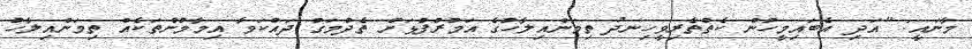
މާނައީ: "އަދި އެބައިމީހުން ކެތްތެރިވީހިނދު ތިމަންއިލާހުގެ އަމުރުފުޅަށް ތެދުމަގު ދައްކަވާ އިމާމުންތަކެއް ތިމަންއިލާހު